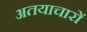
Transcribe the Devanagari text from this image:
अतयाचारों